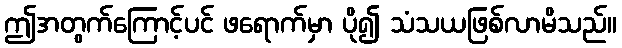
ဤအတွက်ကြောင့်ပင် ဖရောက်မှာ ပို၍ သံသယဖြစ်လာမိသည်။